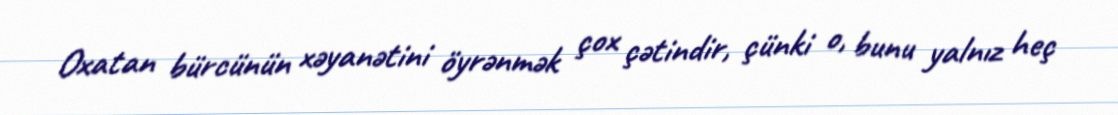
Oxatan bürcünün xəyanətini öyrənmək çox çətindir, çünki o, bunu yalnız heç